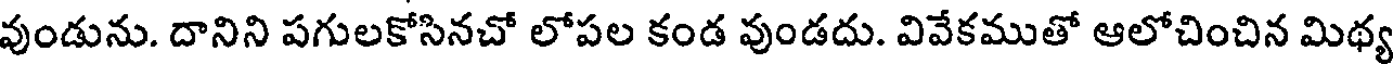
వుండును. దానిని పగులకోసినచో లోపల కండ వుండదు. వివేకముతో ఆలోచించిన మిథ్య